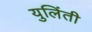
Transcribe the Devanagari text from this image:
युलिंती